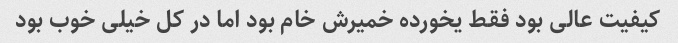
کیفیت عالی بود فقط یخورده خمیرش خام بود اما در کل خیلی خوب بود